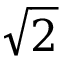
\sqrt { 2 }